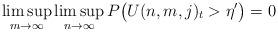
LaTeX: \begin{align*} \limsup_{m\to\infty}\limsup_{n\to\infty}P\bigl(U(n,m,j)_t>\eta' \bigr)=0\end{align*}